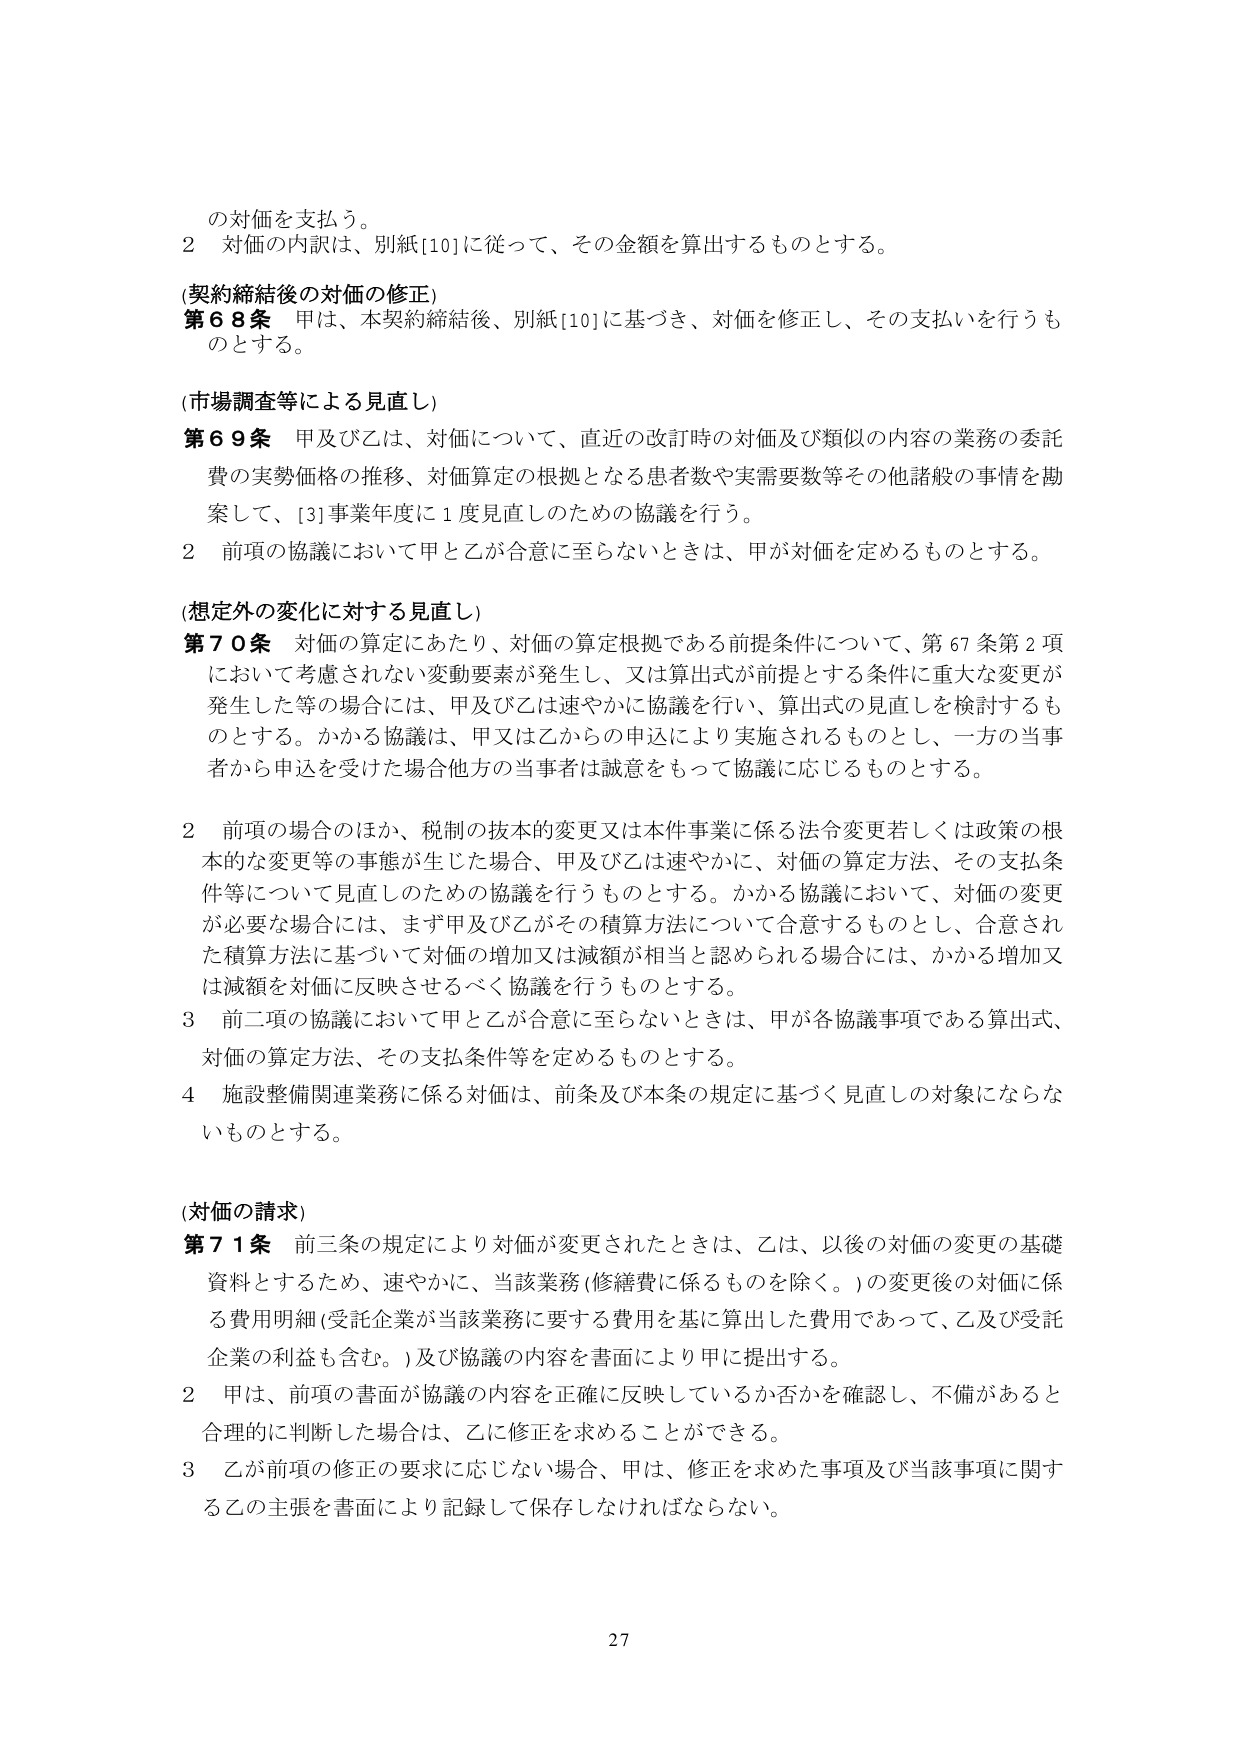
の対価を支払う。

2 対価の内訳は、別紙[10]に従って、その金額を算出するものとする。

(契約締結後の対価の修正)

第68条 甲は、本契約締結後、別紙[10]に基づき、対価を修正し、その支払いを行うものとする。

(市場調査等による見直し)

第69条 甲及び乙は、対価について、直近の改訂時の対価及び類似の内容の業務の委託費の実勢価格の推移、対価算定の根拠となる患者数や実需要数等その他諸般の事情を勘案して、[3]事業年度に1度見直しのための協議を行う。

2 前項の協議において甲と乙が合意に至らないときは、甲が対価を定めるものとする。

(想定外の変化に対する見直し)

第70条 対価の算定にあたり、対価の算定根拠である前提条件について、第67条第2項において考慮されない変動要素が発生し、又は算出式が前提とする条件に重大な変更が発生した等の場合には、甲及び乙は速やかに協議を行い、算出式の見直しを検討するものとする。かかる協議は、甲又は乙からの申込により実施されるものとし、一方の当事者から申込を受けた場合他方の当事者は誠意をもって協議に応じるものとする。

2 前項の場合のほか、税制の抜本的変更又は本件事業に係る法令変更若しくは政策の根本的な変更等の事態が生じた場合、甲及び乙は速やかに、対価の算定方法、その支払条件等について見直しのための協議を行うものとする。かかる協議において、対価の変更が必要な場合には、まず甲及び乙がその積算方法について合意するものとし、合意された積算方法に基づいて対価の増加又は減額が相当と認められる場合には、かかる増加又は減額を対価に反映させるべく協議を行うものとする。

3 前二項の協議において甲と乙が合意に至らないときは、甲が各協議事項である算出式、対価の算定方法、その支払条件等を定めるものとする。

4 施設整備関連業務に係る対価は、前条及び本条の規定に基づく見直しの対象にならないものとする。

(対価の請求)

第71条 前三条の規定により対価が変更されたときは、乙は、以後の対価の変更の基礎資料とするため、速やかに、当該業務(修繕費に係るものを除く。)の変更後の対価に係る費用明細(受託企業が当該業務に要する費用を基に算出した費用であって、乙及び受託企業の利益も含む。)及び協議の内容を書面により甲に提出する。

2 甲は、前項の書面が協議の内容を正確に反映しているか否かを確認し、不備があると合理的に判断した場合は、乙に修正を求めることができる。

3 乙が前項の修正の要求に応じない場合、甲は、修正を求めた事項及び当該事項に関する乙の主張を書面により記録して保存しなければならない。

27